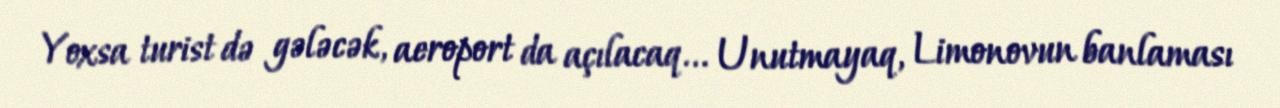
Yoxsa turist də gələcək, aeroport da açılacaq... Unutmayaq, Limonovun banlaması